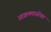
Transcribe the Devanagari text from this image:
आक्रमणासोबत